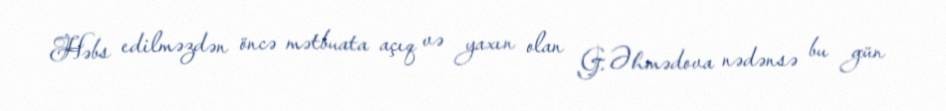
Həbs edilməzdən öncə mətbuata açıq və yaxın olan G. Əhmədova nədənsə bu gün